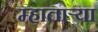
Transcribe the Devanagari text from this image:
म्हातार्‍या